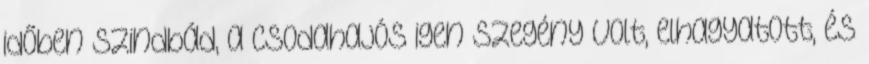
időben Szindbád, a csodahajós igen szegény volt, elhagyatott, és